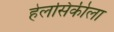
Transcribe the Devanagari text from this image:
हेलसिंकीला